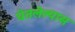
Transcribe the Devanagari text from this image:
घेतलेल्यास